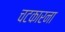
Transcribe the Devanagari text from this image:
चटकारना